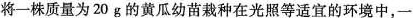
将一株质量为20g的黄瓜幼苗栽种在光照等适宜的环境中，一